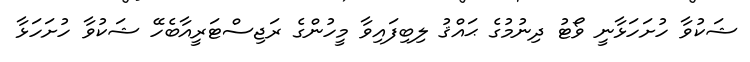
ޝަކުވާ ހުށަހަޅާނީ ވޯޓު ދިނުމުގެ ޙައްޤު ލިބިފައިވާ މީހުންގެ ރަޖިސްޓަރީއާބެހޭ ޝަކުވާ ހުށަހަޅާ